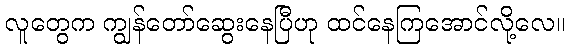
လူတွေက ကျွန်တော်ဆွေးနေပြီဟု ထင်နေကြအောင်လို့လေ။